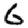
Digit: 6